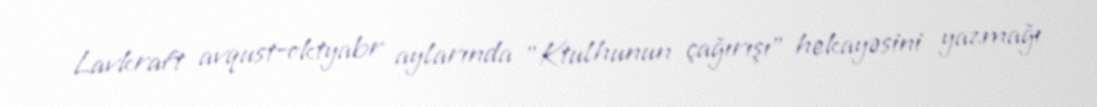
Lavkraft avqust–oktyabr aylarında "Ktulhunun çağırışı" hekayəsini yazmağı